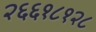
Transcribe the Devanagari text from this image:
२६६१८१२८